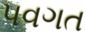
પવગત